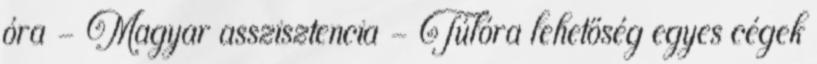
óra - Magyar asszisztencia - Túlóra lehetőség egyes cégek